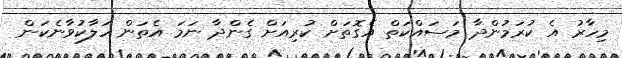
މިހާރު އެ ކުރަމުންދާ މަސައްކަތް އެގޮތަށް ކުރިއަށް ގެންދާ ނަމަ އެތަން ހަލާކުވާނެކަން